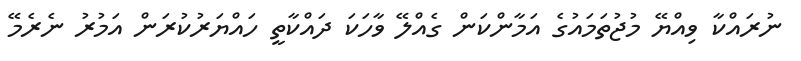
ނުރައްކާ ވިއްޔޭ މުޖުތަމައުގެ އަމާންކަން ގެއްލޭ ވާހަކަ ދައްކާތީ ހައްޔަރުކުރަން އަމުރު ނެރެމޭ